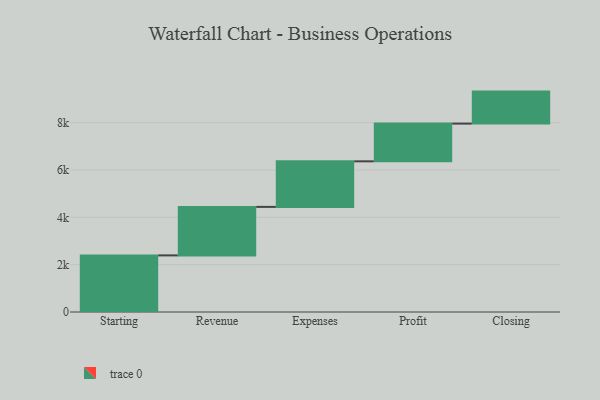
{"axis": {"x": "Step", "y": "Value"}, "legend": [""], "data": [{"x": "Starting", "y": 2392.0, "type": ""}, {"x": "Revenue", "y": 2049.0, "type": ""}, {"x": "Expenses", "y": 1926.0, "type": ""}, {"x": "Profit", "y": 1594.0, "type": ""}, {"x": "Closing", "y": 1352.0, "type": ""}]}